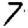
Digit: 7